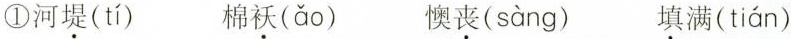
①河堤( tí ) 棉袄(ǎo) 懊丧( sàng ) 填满( tián )